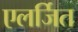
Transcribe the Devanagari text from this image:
एलर्जित